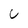
Character: U